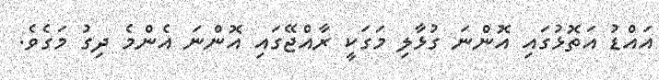
އައްޑު އަތޮޅުގައި އޮންނަ ގުޅާލި މަގަކީ ރާއްޖޭގައި އޮންނަ އެންމެ ދިގު މަގެވެ.